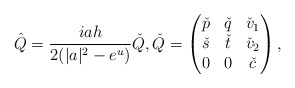
\begin{align*}\hat{Q}=\frac{iah}{2(|a|^2-e^u)} \check{Q}, \check{Q}=\begin{pmatrix}\check{p}&\check{q}&\check{v}_1\\ \check{s}&\check{t}&\check{v}_2\\0&0&\check{c}\end{pmatrix},\end{align*}